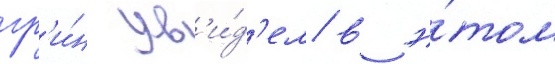
гр'и́н ув'и́д'ел в э́том